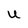
Character: U